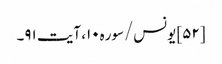
[۵۲] یونس/سوره۱۰، آیت ۹۱۔